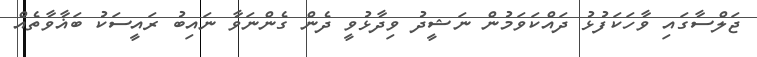
ޖަލްސާގައި ވާހަކަފުޅު ދައްކަވަމުން ނަޝީދު ވިދާޅުވީ ދެން ގެންނަވާ ނައިބު ރައީސަކު ބަޣާވާތެއް